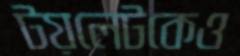
টয়লেটকেও